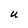
Character: U